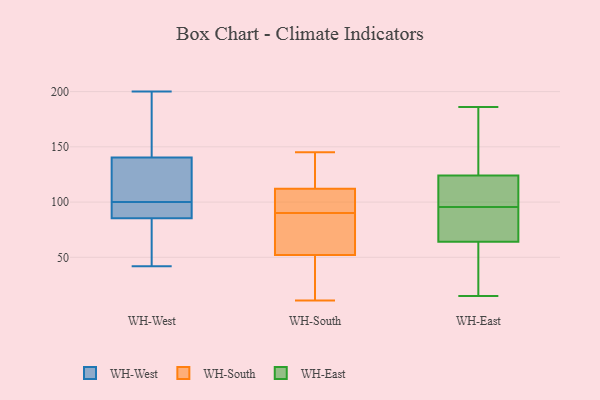
{"axis": {"x": "Backlog", "y": "Value"}, "legend": ["WH-East", "WH-South", "WH-West"], "data": [{"x": "", "y": 83, "type": "WH-West"}, {"x": "", "y": 105, "type": "WH-West"}, {"x": "", "y": 159, "type": "WH-West"}, {"x": "", "y": 134, "type": "WH-West"}, {"x": "", "y": 86, "type": "WH-West"}, {"x": "", "y": 42, "type": "WH-West"}, {"x": "", "y": 196, "type": "WH-West"}, {"x": "", "y": 88, "type": "WH-West"}, {"x": "", "y": 130, "type": "WH-West"}, {"x": "", "y": 200, "type": "WH-West"}, {"x": "", "y": 71, "type": "WH-West"}, {"x": "", "y": 100, "type": "WH-West"}, {"x": "", "y": 98, "type": "WH-West"}, {"x": "", "y": 25, "type": "WH-South"}, {"x": "", "y": 112, "type": "WH-South"}, {"x": "", "y": 68, "type": "WH-South"}, {"x": "", "y": 109, "type": "WH-South"}, {"x": "", "y": 64, "type": "WH-South"}, {"x": "", "y": 133, "type": "WH-South"}, {"x": "", "y": 89, "type": "WH-South"}, {"x": "", "y": 93, "type": "WH-South"}, {"x": "", "y": 91, "type": "WH-South"}, {"x": "", "y": 141, "type": "WH-South"}, {"x": "", "y": 99, "type": "WH-South"}, {"x": "", "y": 51, "type": "WH-South"}, {"x": "", "y": 11, "type": "WH-South"}, {"x": "", "y": 29, "type": "WH-South"}, {"x": "", "y": 145, "type": "WH-South"}, {"x": "", "y": 52, "type": "WH-South"}, {"x": "", "y": 121, "type": "WH-South"}, {"x": "", "y": 68, "type": "WH-South"}, {"x": "", "y": 92, "type": "WH-East"}, {"x": "", "y": 124, "type": "WH-East"}, {"x": "", "y": 142, "type": "WH-East"}, {"x": "", "y": 64, "type": "WH-East"}, {"x": "", "y": 99, "type": "WH-East"}, {"x": "", "y": 122, "type": "WH-East"}, {"x": "", "y": 186, "type": "WH-East"}, {"x": "", "y": 15, "type": "WH-East"}, {"x": "", "y": 38, "type": "WH-East"}, {"x": "", "y": 82, "type": "WH-East"}]}